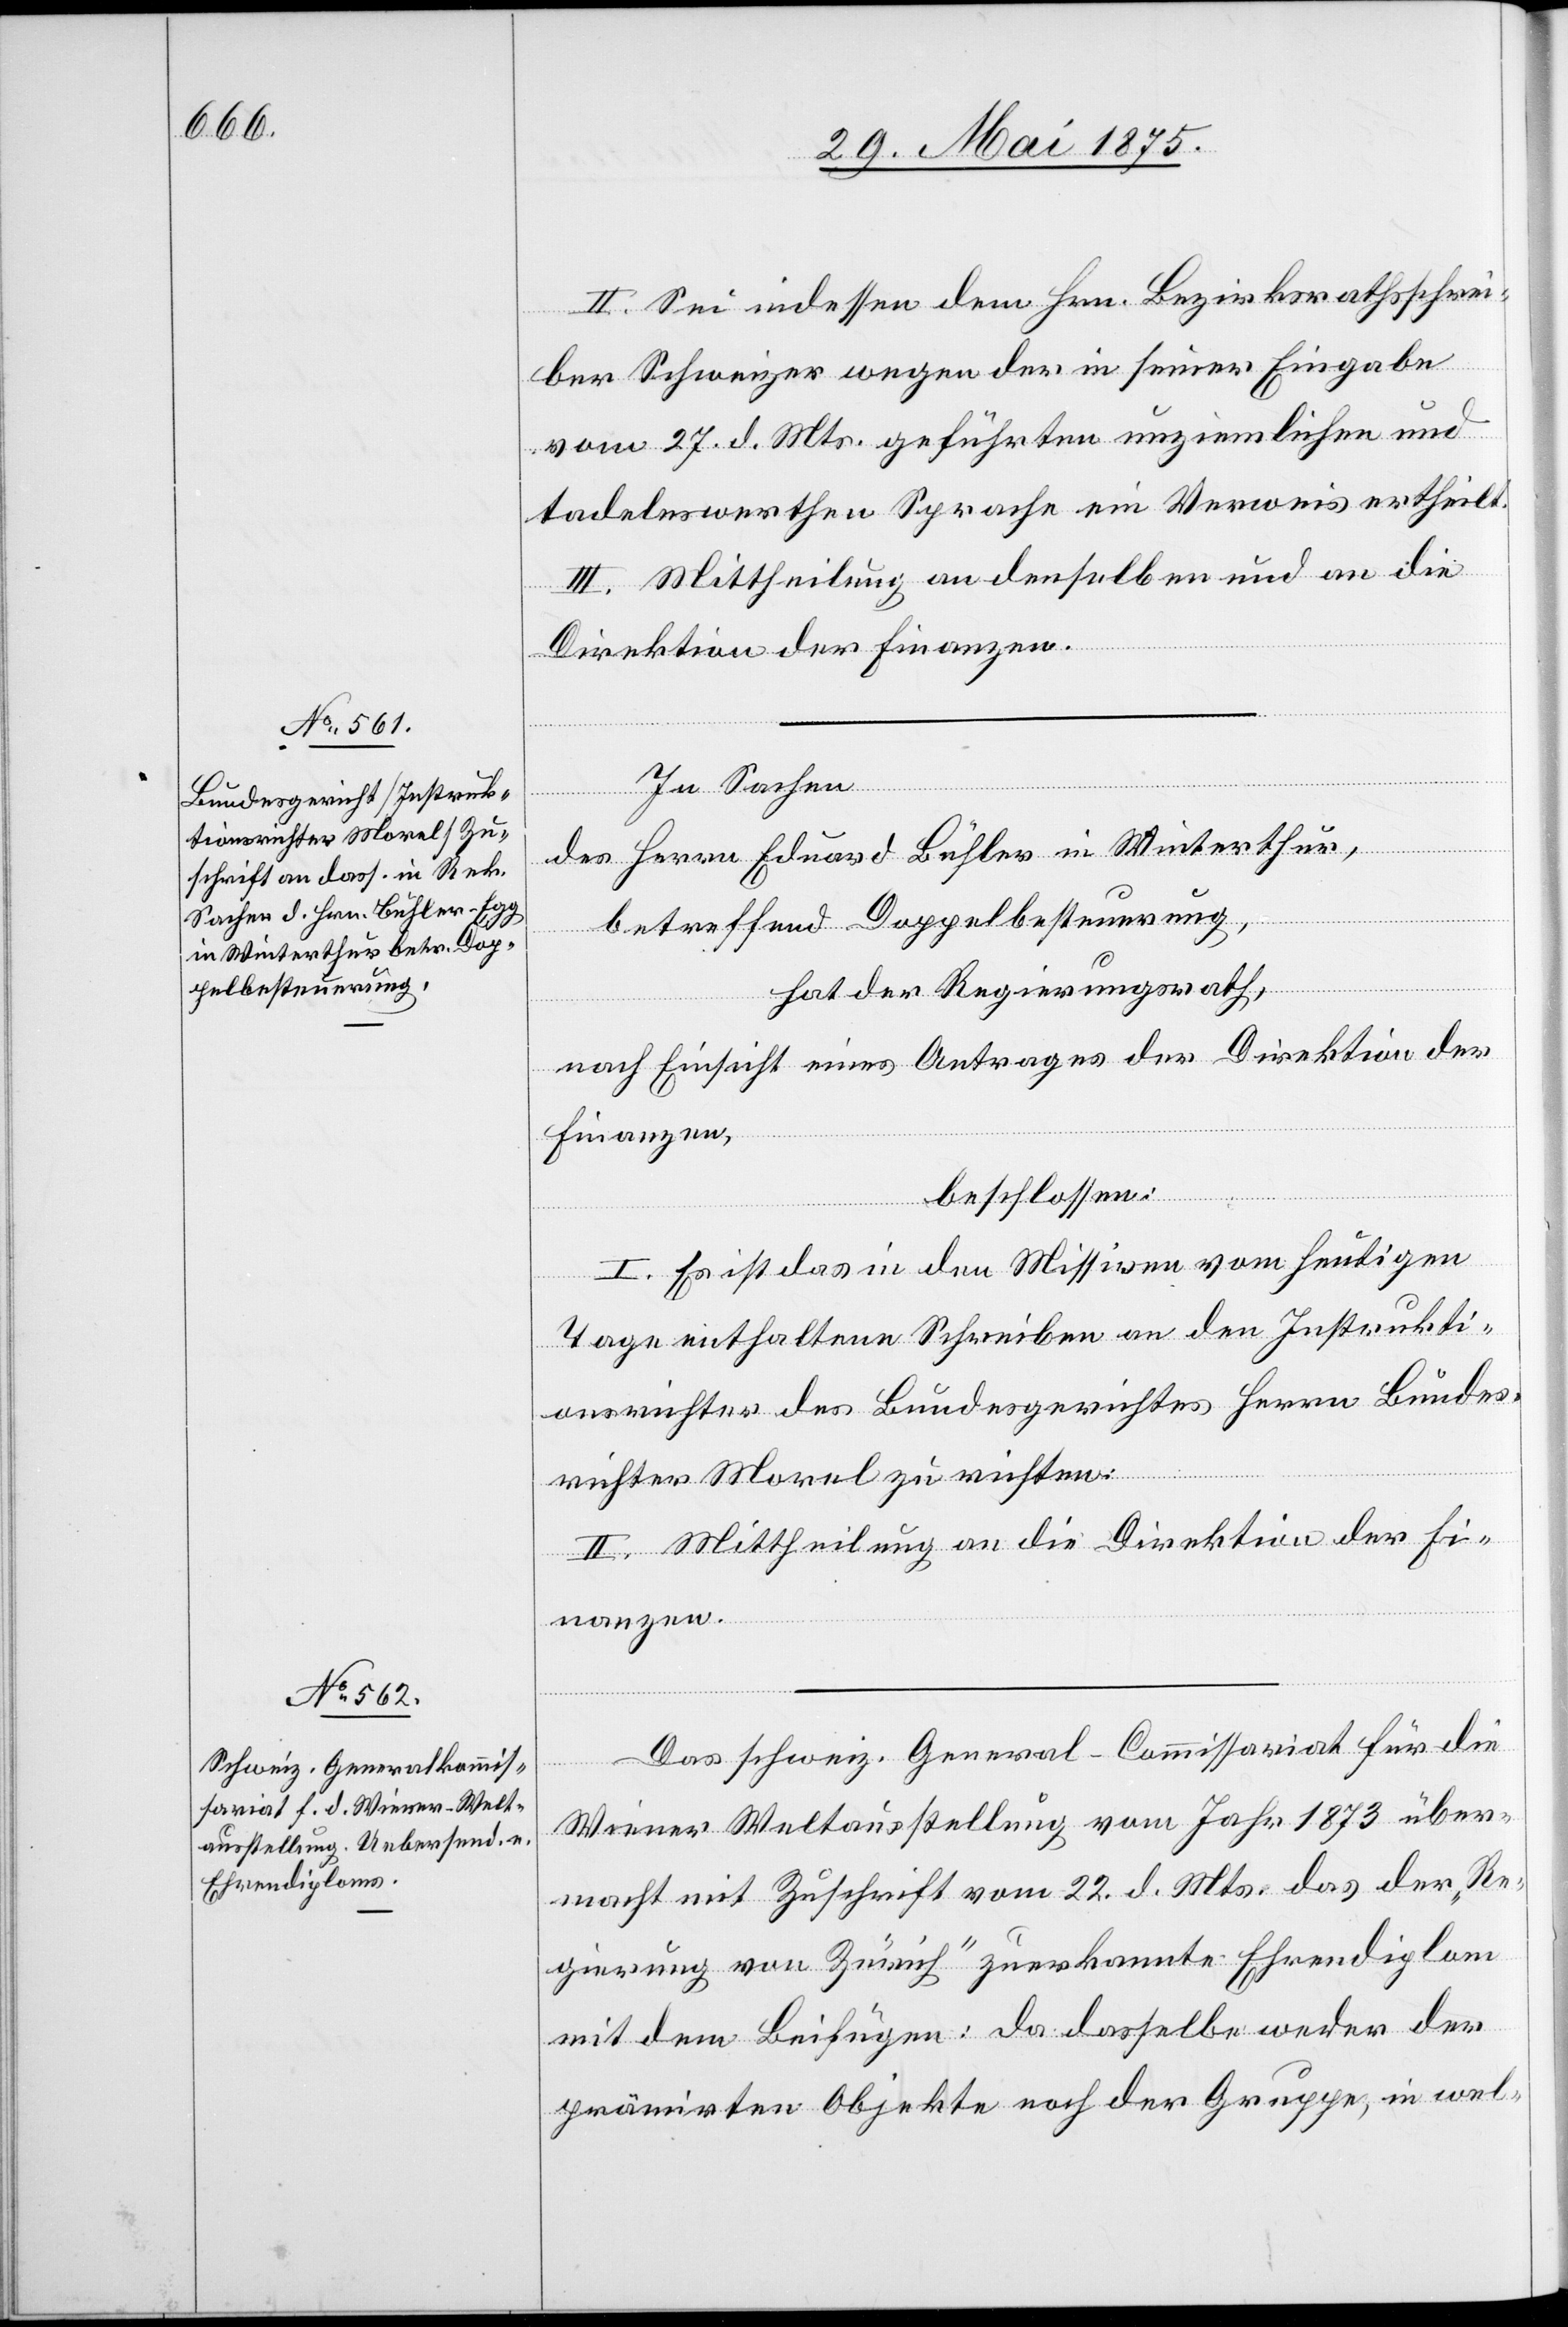
II. Sei indessen dem Hrn. Bezirksrathsschrei¬
ber Schweizer wegen der in seiner Eingabe
vom 27. d. Mts. geführten unziemlichen und
tadelnswerthen Sprache ein Verweis ertheilt.
III. Mittheilung an denselben und an die
Direktion der Finanzen.
In Sachen
des Herrn Eduard Bühler in Winterthur,
betreffend Doppelbesteuerung,
hat der Regierungsrath,
nach Einsicht eines Antrages der Direktion der
Finanzen,
beschlossen:
I. Es ist das in den Missiven vom heutigen
Tage enthaltene Schreiben an den Instrukti¬
onsrichter des Bundesgerichtes Herrn Bundes¬
richter Morel zu richten.
II. Mittheilung an die Direktion der Fi¬
nanzen.
Das schweiz. General-Commissariat für die
Wiener Weltausstellung vom Jahr 1873 über¬
macht mit Zuschrift vom 22. d Mts. das der „Re¬
gierung von Zürich“ zuerkannte Ehrendiplom
mit dem Beifügen: da dasselbe weder der
prämirten Objekte noch der Gruppe, in wel-